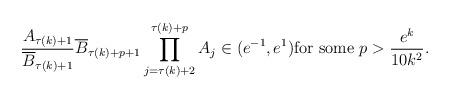
LaTeX: \begin{align*} \frac{A_{\tau(k)+1}}{\overline{B}_{\tau(k)+1}} \overline{B}_{\tau(k)+p+1} \prod_{j=\tau(k)+2}^{\tau(k)+p}{A_j}\in (e^{-1},e^{1}) \mbox{for some } p > \frac{e^k}{10k^2}. \end{align*}